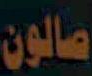
صالون